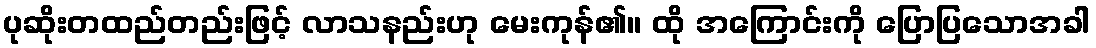
ပုဆိုးတထည်တည်းဖြင့် လာသနည်းဟု မေးကုန်၏။ ထို အကြောင်းကို ပြောပြသောအခါ